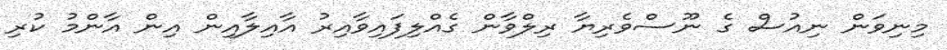
މިނިވަން ނިއުސް ގެ ނޫސްވެރިޔާ ރިލްވާން ގެއްލިފައިވާއިރު އާއިލާއިން އިން އާންމު ކުރި